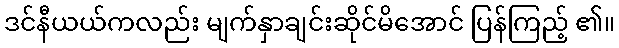
ဒင်နီယယ်ကလည်း မျက်နှာချင်းဆိုင်မိအောင် ပြန်ကြည့် ၏။